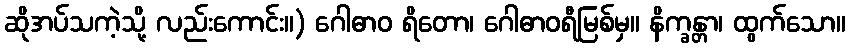
ဆိုအပ်သကဲ့သို့ လည်းကောင်း။) ဂေါဓာဝ ရိတော၊ ဂေါဓာဝရီမြစ်မှ။ နိက္ခန္တာ၊ ထွက်သော။